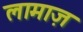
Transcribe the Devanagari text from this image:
लामाज़